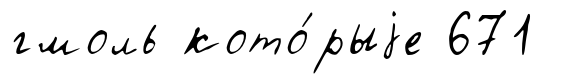
гмоль кото́рыjе 671